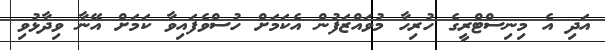
އަދި އެ މިނިސްޓްރީގެ ހުރިހާ މުވައްޒަފުން އެކަމަށް ހުސްވެފައިވާ ކަމަށް އޭނާ ވިދާޅުވި